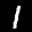
Label: 1